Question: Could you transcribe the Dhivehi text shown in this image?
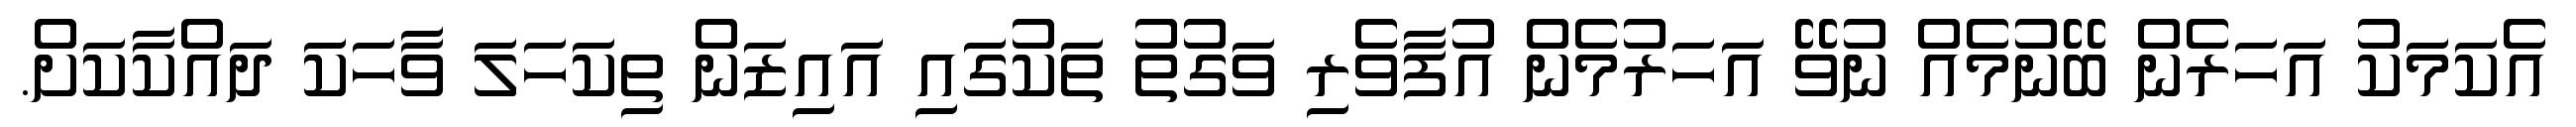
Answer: އެކަމަކު އަހަރެން ބޭނުމެއް ނުވޭ އަހަރުމެން އުފާވެރި ވަގުތު ތަކުގައި އައިޒަން ތިކަހަލަ ވާހަކަ ދައްކާކަށް.